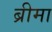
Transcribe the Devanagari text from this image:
ब्रीमा